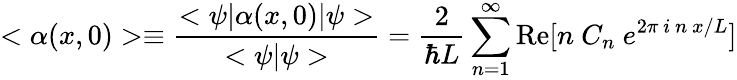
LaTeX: <\alpha(x,0)>\equiv{\frac{<\psi|\alpha(x,0)|\psi>}{<\psi|\psi>}}={\frac{2}{\hbar L}}\sum_{n=1}^{\infty}\mathrm{Re}[n~C_{n}~e^{2\pi~i~n~x/L}]